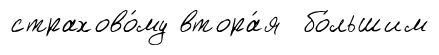
страхово́му втора́я бо́льшим